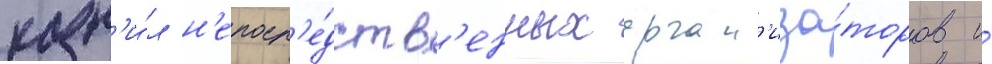
казн'и́л н'епоср'е́дств'енных орган'иза́торов и́